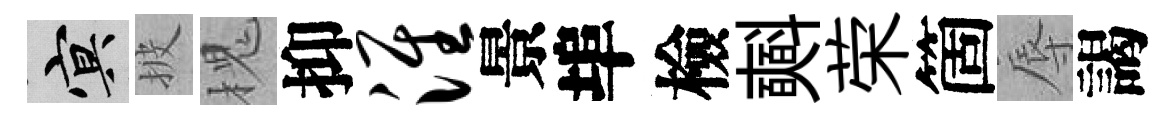
冥披槐抑淮景埠檢𣂏荣箇辱謁